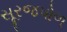
સૂરજપોળ